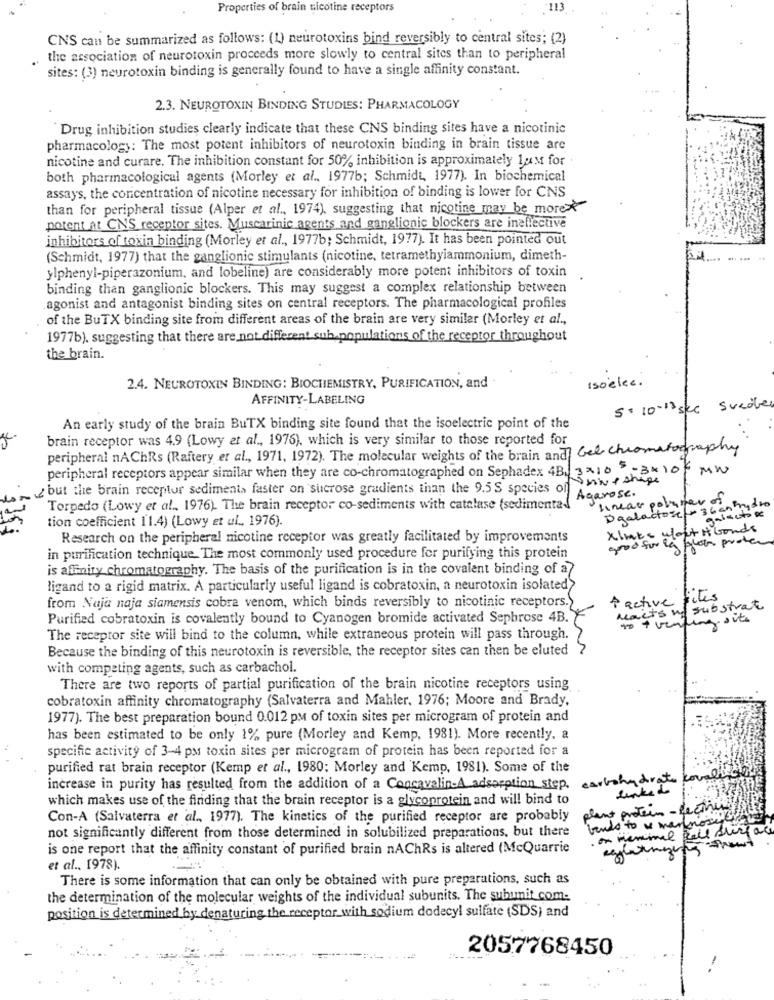
Properties of brain nicotine receptors
CNS can be summarized as follows: (1) neurotoxins bind reversibly to central sites; (2)
the association of neurotoxin proceeds more slowly to central sites than to peripheral
sites: (3) neurotoxin binding is generally found to have a single affinity constant.
2.3. NEUROTOXIN BINDING STUDIES: PHARMACOLOGY
Drug inhibition studies clearly indicate that these CNS binding sites have a nicotinic
pharmacology: The most potent inhibitors of neurotoxin binding in brain tissue are
nicotine and curare. The inhibition constant for 50% inhibition is approximately 1uM for.
both pharmacological agents (Morley et al ., 1977b; Schmidt, 1977). In biochemical
assays, the concentration of nicotine necessary for inhibition of binding is lower for CNS
than for peripheral tissue (Alper et al ., 1974), suggesting that nicotine may be more
potent At CN'S receptor sites. Muscarinic agents and ganglionic blockers are ineffective
inhibitors of toxin binding (Morley et al ., 1977b; Schmidt, 1977). It has been pointed out
(Schmidt, 1977) that the ganglionic stimulants (nicotine, tetramethylammonium, dimeth-
ylphenyl-piperazonium, and lobeline) are considerably more potent inhibitors of toxin
binding than ganglionic blockers. This may suggest a complex relationship between
agonist and antagonist binding sites on central receptors. The pharmacological profiles
of the BuTX binding site from different areas of the brain are very similar (Morley et al .,
1977b). suggesting that there are not different sub populations of the receptor throughout
the brain.
isoelee .
2.4. NEUROTOXIN BINDING: BIOCHEMISTRY, PURIFICATION, and
AFFINITY-LABELING
5 + 10-13 sec Sucole
An early study of the brain BuTX binding site found that the isoelectric point of the
brain receptor was 4.9 (Lowy et al ., 1976), which is very similar to those reported for
peripheral nAChRs (Raftery et al ., 1971, 1972). The molecular weights of the brain and Gel- chromatography
peripheral receptors appear similar when they are co-chromatographed on Sephadex 4Bu 3x10 5 - 3x 10
MW
JeNe shape
but the brain receptor sediment> faster on sucrose gradients than the 9.5 S species of Acarose.
linear polymer of
Torpedo (Lowy et al ., 1976). The brain receptor co-sediments with catalase (sedimental"
Dgalactose / 36 am
Frydro
tion coefficient 11.4) (Lowy et ul ., 1976).
galactose
xlmes wort i bonds
Research on the peripheral nicotine receptor was greatly facilitated by improvements
good for eg flow proten
in purification technique. The most commonly used procedure for purifying this protein
is affinity chromatography. The basis of the purification is in the covalent binding of a7
ligand to a rigid matrix. A particularly useful ligand is cobratoxin, a neurotoxin isolated>
from Naja naja siamensis cobre venom, which binds reversibly to nicotinic receptors.
À active Files
s nf substrat
Purified cobratoxin is covalently bound to Cyanogen bromide activated Sephrose 4B.
to + venting outs
The receptor site will bind to the column, while extraneous protein will pass through.
Because the binding of this neurotoxin is reversible, the receptor sites can then be eluted ?
with competing agents, such as carbachol.
There are two reports of partial purification of the brain nicotine receptors using
cobratoxin affinity chromatography (Salvaterra and Mahler, 1976; Moore and Brady,
1977). The best preparation bound 0.012 pm of toxin sites per microgram of protein and
has been estimated to be only 1% pure (Morley and Kemp, 1981). More recently, a
specific activity of 3-4 pm toxin sites per microgram of protein has been reported for a
purified rat brain receptor (Kemp et al ., 1980; Morley and Kemp, 1981). Some of the
carbohydrate
increase in purity has resulted from the addition of a Concavalin-A adsorption step.
links do
which makes use of the finding that the brain receptor is a glycoprotein and will bind to
plant protein- Rechnung/
Con-A (Salvaterra et al ., 1977). The kinetics of the purified receptor are probably
vendo to w mannose
not significantly different from those determined in solubilized preparations, but there
on mammal call shirfare
is one report that the affinity constant of purified brain nAChRs is altered (McQuarrie
et al ., 1978).
There is some information that can only be obtained with pure preparations, such as
the determination of the molecular weights of the individual subunits. The subunit com:
position is determined by denaturing the receptor with sodium dodecyl sulfate (SDS) and
2057768450
. ...